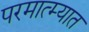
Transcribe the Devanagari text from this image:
परमात्म्यात